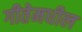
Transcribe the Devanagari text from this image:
गीतेमधील